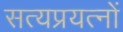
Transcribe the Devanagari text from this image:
सत्यप्रयत्नों